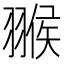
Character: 翭